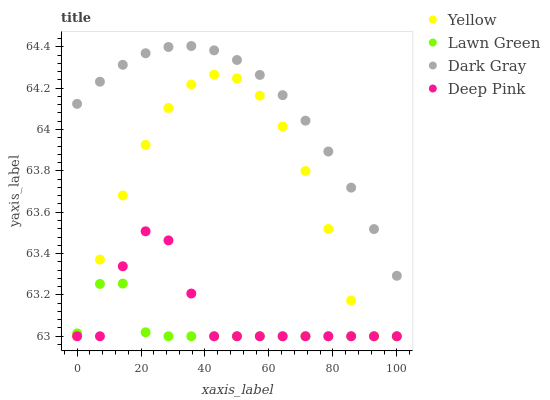
| xaxis_label | Yellow | Lawn Green | Dark Gray | Deep Pink |
 | --- | --- | --- | --- | --- |
 | 0 | 63 | 63 | 64.1 | 63 |
 | 7.14 | 63.4 | 63.3 | 64.2 | 63 |
 | 14.3 | 63.7 | 63.3 | 64.3 | 63.3 |
 | 21.4 | 63.9 | 63 | 64.4 | 63.5 |
 | 28.6 | 64.1 | 63 | 64.4 | 63.5 |
 | 35.7 | 64.2 | 63 | 64.4 | 63.2 |
 | 42.9 | 64.3 | 63 | 64.4 | 63 |
 | 50 | 64.2 | 63 | 64.3 | 63 |
 | 57.1 | 64.2 | 63 | 64.3 | 63 |
 | 64.3 | 64 | 63 | 64.2 | 63 |
 | 71.4 | 63.8 | 63 | 64 | 63 |
 | 78.6 | 63.5 | 63 | 63.9 | 63 |
 | 85.7 | 63.2 | 63 | 63.7 | 63 |
 | 92.9 | 63 | 63 | 63.5 | 63 |
 | 100 | 63 | 63 | 63.3 | 63 |